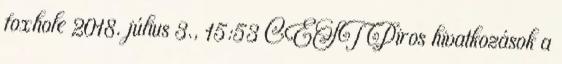
foxhole 2018. július 3., 15:53 CEST Piros hivatkozások a